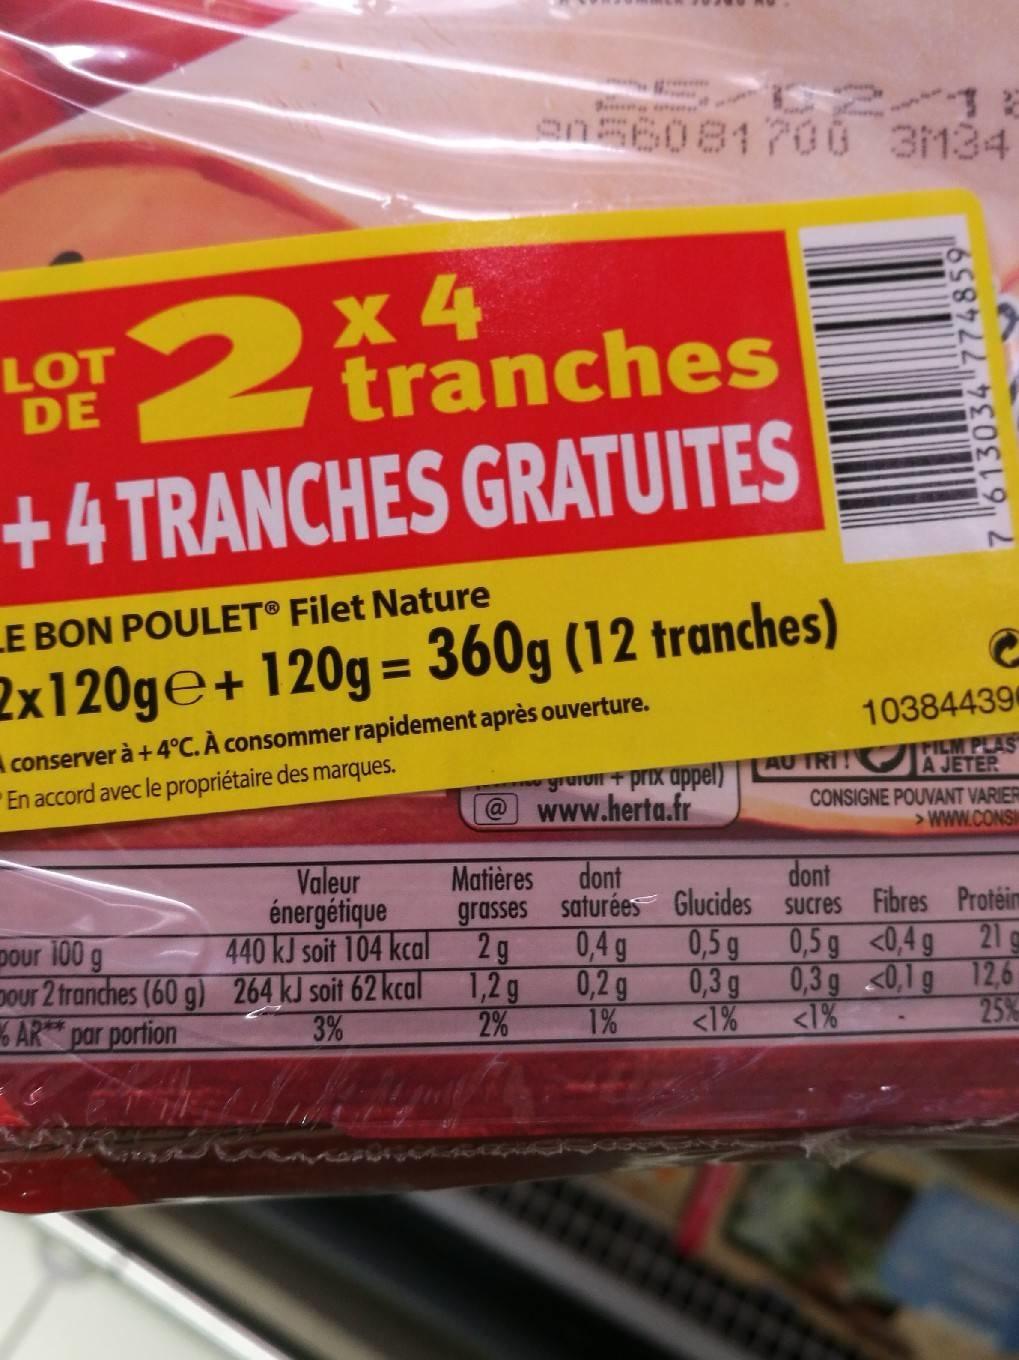
4
2 tranches
+4 TRANCHES GRATUITES
LOT DE
en56081700 3134
LE BON POULET® Filet Nature
2x120ge+ 120g = 360g (12 tranches)
conserver à + 4°C. À consommer rapidement après ouverture. En accord avec le propriétaire des marques.
Valeur énergétique
440 kJ soit 104 kcal
pour 100 g
Dour 2 tranches (60 g) 264 kJ soit 62 kcal
AR** par portion
3%
103844396
A graon+ prix appel) AU TRITILM PLAS CONSIGNE POUVANT VARIER @www.herta.fr
>www.CONS
Matières dont
grasses
2g
1,2 g
2%
saturées Glucides
0,4 g
0,2 g
1%
0,5 g
0,3 g
<1%
dont
sucres
7 613034 774859
0,5 g
0,3 g
<1%
Fibres Protéim
<0,4 g
21
<0,1 g
12,6
25%